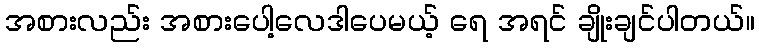
အစားလည်း အစားပေါ့လေဒါပေမယ့် ရေ အရင် ချိုးချင်ပါတယ်။